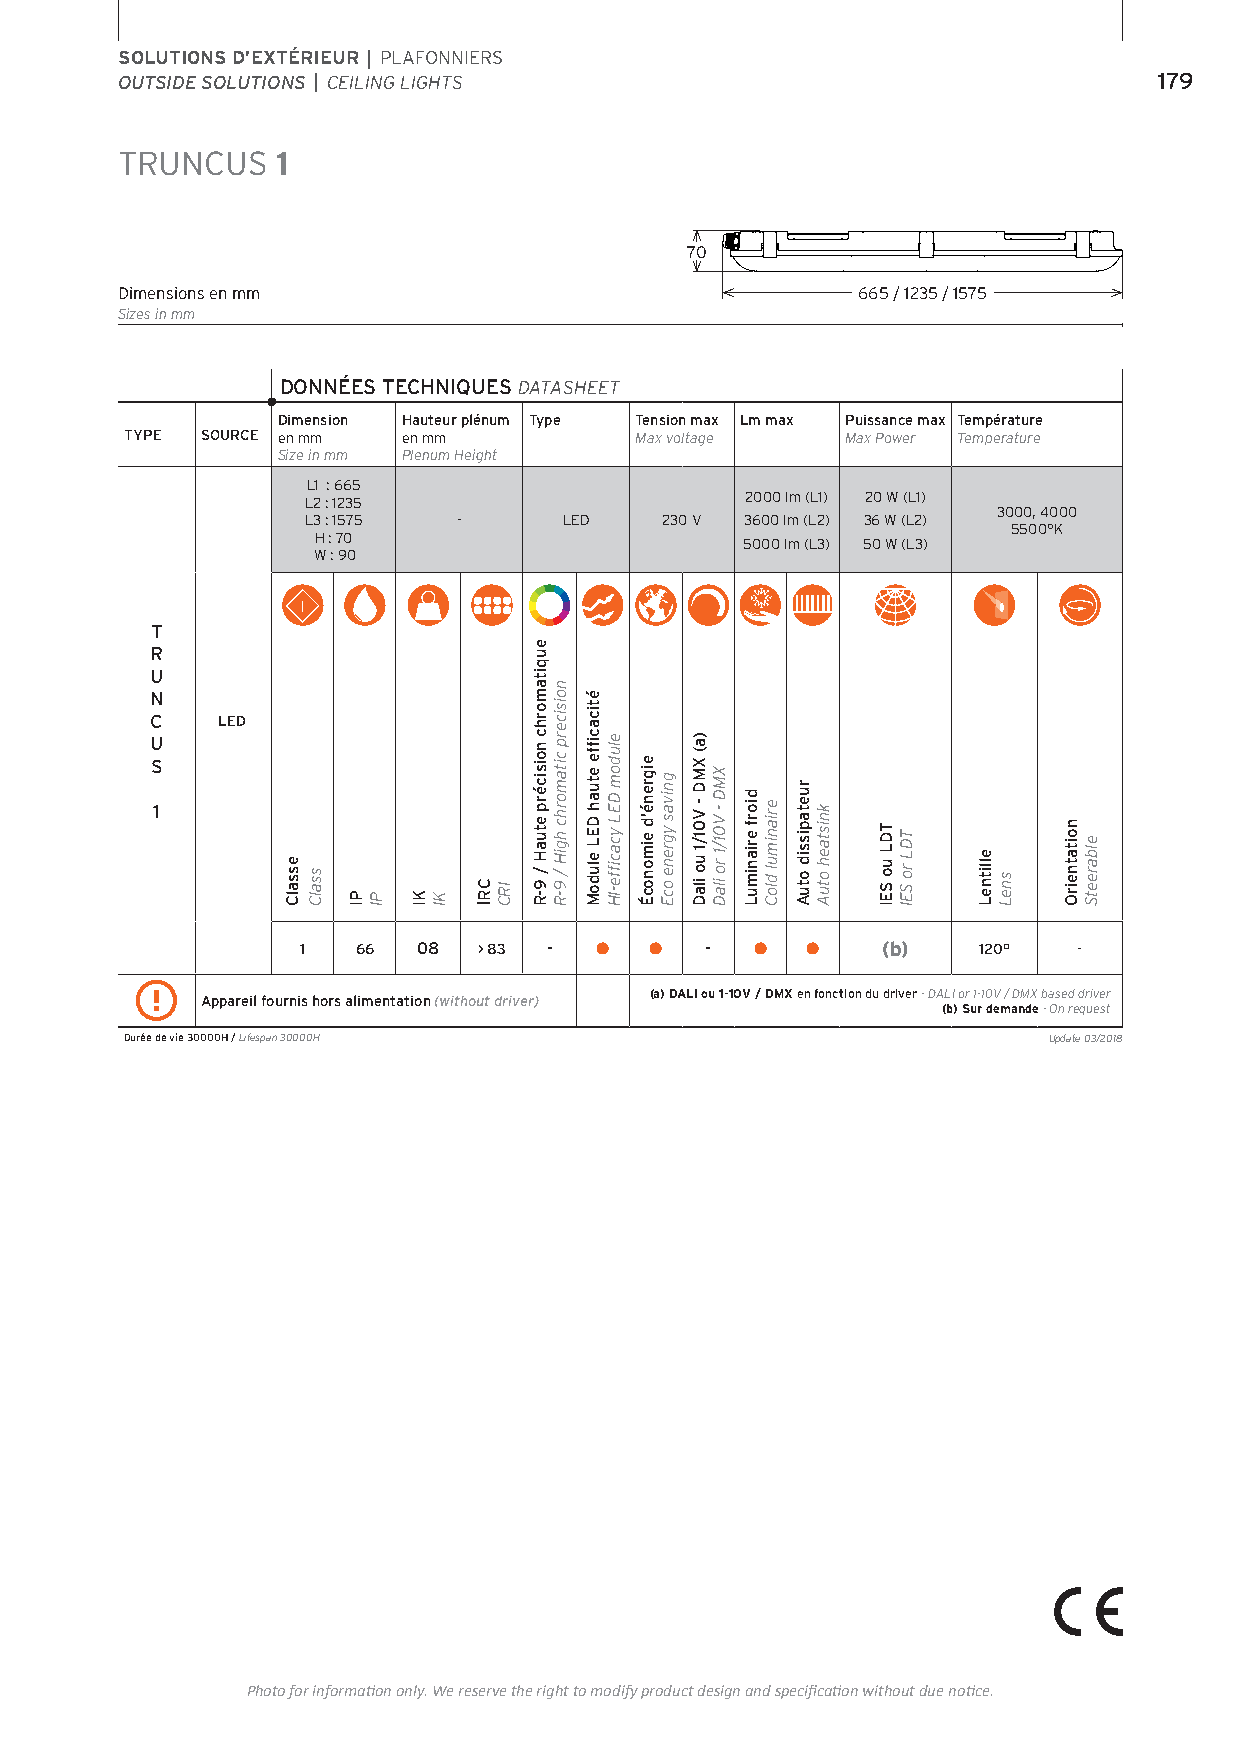
SOLUTIONS D’EXTÉRIEUR | PLAFONNIERS
 OUTSIDE SOLUTIONS | CEILING LIGHTS                                   179
 TRUNCUS   1
 70
 Dimensions en mm                                 665 / 1235 / 1575
 Sizes in mm
 DONNÉES TECHNIQUES DATASHEET
 Dimension Hauteur plénum Type Tension max Lm max Puissance max Température
 TYPE SOURCE en mm  en mm          Max voltage   Max Power Temperature
 Size in mm Plenum Height
 L1 : 665
 L2 : 1235                    2000 lm (L1) 20 W (L1)
 3000, 4000
 L3 : 1575 -      LED    230 V 3600 lm (L2) 36 W (L2)
 5500°K
 H : 70                      5000 lm (L3) 50 W (L3)
 W : 90
 T
 R
 U
 N
 C   LED
 U
 S
 1
 1   66  08  > 83 - •   •   -  •  •    (b)    120°  -
 (a) DALI ou 1-10V / DMX en fonction du driver - DALI or 1-10V / DMX based driver
 Appareil fournis hors alimentation (without driver)
 (b) Sur demande - On request
 Durée de vie 30000H / Lifespan 30000H                        Update 03/2018
 Photo for information only. We reserve the right to modify product design and specification without due notice.
 essalC ssalC
 PI PI KI KI
 CRI IRC
 euqitamorhc
 noisicérp
 etuaH
 / 9-R
 noisicerp
 citamorhc
 hgiH
 / 9-R
 éticacfife
 etuah
 DEL
 eludoM
 eludom
 DEL
 ycacfife-IH
 eigrené’d
 eimonocÉ
 gnivas
 ygrene
 ocE
 )a(
 XMD
 - V01/1
 uo ilaD
 XMD
 -
 V01/1
 ro ilaD
 diorf
 erianimuL
 erianimul
 dloC
 ruetapissid
 otuA
 knistaeh
 otuA
 TDL
 uo SEI
 TDL
 ro SEI ellitneL sneL
 noitatneirO elbareetS